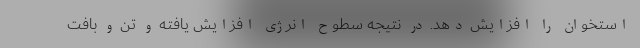
استخوان را افزایش دهد. در نتیجه سطوح انرژی افزایش یافته و تن و بافت